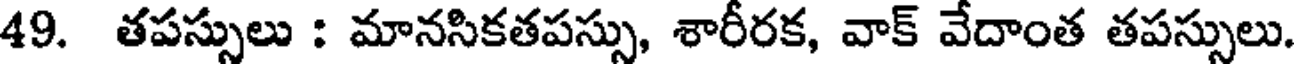
49. తపస్సులు : మానసికతపస్సు, శారీరక, వాక్ వేదాంత తపస్సులు.